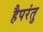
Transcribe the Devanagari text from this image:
हैपरंतु